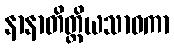
နာနာတိတ္ထိယသာဝကာ